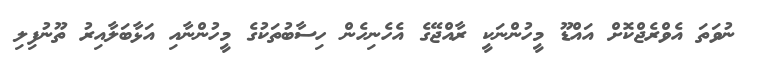
ނުވަތަ އެވްރެޖްކޮށް އައްޑޫ މީހުންނަކީ ރާއްޖޭގެ އެހެނިހެން ހިސާބުތަކުގެ މީހުންނާއި އަޅާބަލާއިރު ތޫނުފިލި